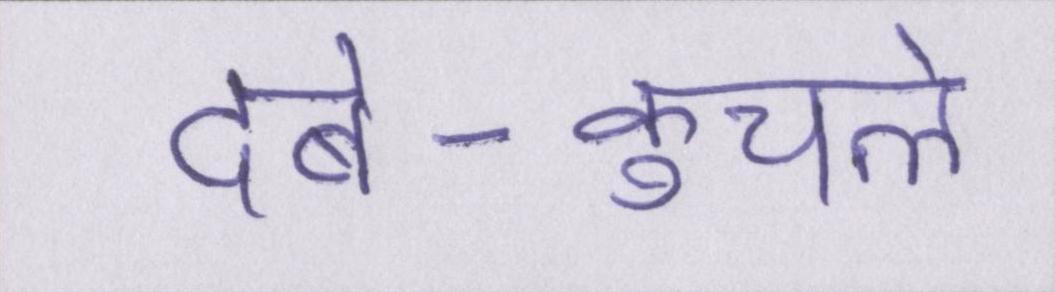
दबे-कुचले